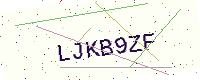
Text: LJKB9ZF